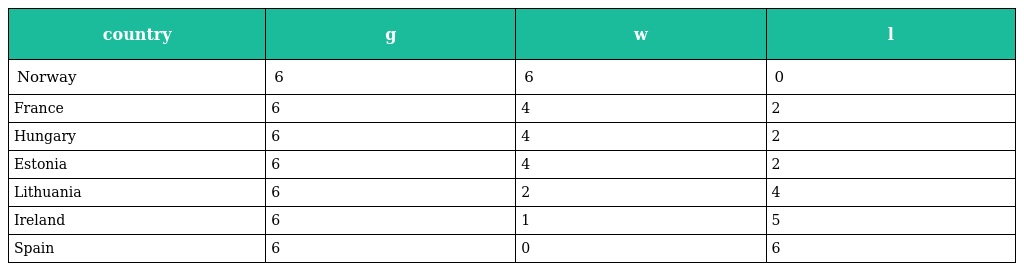
| country | g | w | l |
 | --- | --- | --- | --- |
 | Norway | 6 | 6 | 0 |
 | France | 6 | 4 | 2 |
 | Hungary | 6 | 4 | 2 |
 | Estonia | 6 | 4 | 2 |
 | Lithuania | 6 | 2 | 4 |
 | Ireland | 6 | 1 | 5 |
 | Spain | 6 | 0 | 6 |